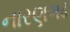
નારણગઢ